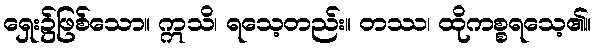
ရှေး၌ဖြစ်သော။ ဣသိ၊ ရသေ့တည်း။ တဿ၊ ထိုကစ္စရသေ့၏။